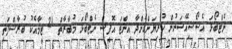
ނެޓްބޯޅަ އެސޯސިއޭޝަނުން ކުރިޔަށްގެންދާ އިންޓަ އޮފީސް ނެޓްބޯޅަ މުބާރާތް 21 ޓީމާއެކު ބުރާސްފަތި